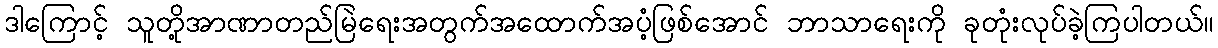
ဒါကြောင့် သူတို့အာဏာတည်မြဲရေးအတွက်အထောက်အပံ့ဖြစ်အောင် ဘာသာရေးကို ခုတုံးလုပ်ခဲ့ကြပါတယ်။